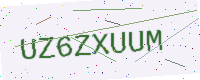
Text: UZ6ZXUUM